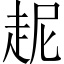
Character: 𲃋